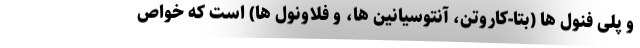
و پلی فنول ها (بتا-کاروتن، آنتوسیانین ها، و فلاونول ها) است که خواص